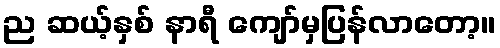
ည ဆယ့်နှစ် နာရီ ကျော်မှပြန်လာတော့။